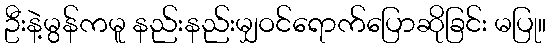
ဦးနဲ့မွန်ကမူ နည်းနည်းမျှဝင်ရောက်ပြောဆိုခြင်း မပြု။